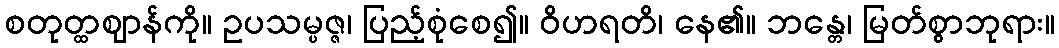
စတုတ္ထဈာန်ကို။ ဥပသမ္ပဇ္ဇ၊ ပြည့်စုံစေ၍။ ဝိဟရတိ၊ နေ၏။ ဘန္တေ၊ မြတ်စွာဘုရား။